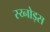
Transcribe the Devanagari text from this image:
स्य्नोड्स